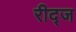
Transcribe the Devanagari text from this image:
रीद्ज